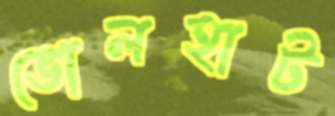
ভোলহাট